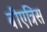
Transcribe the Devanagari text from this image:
बीएत्रिस